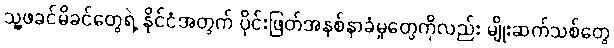
သူ့ဖခင်မိခင်တွေရဲ့ နိုင်ငံအတွက် ပိုင်းဖြတ်အနစ်နာခံမှုတွေကိုလည်း မျိုးဆက်သစ်တွေ